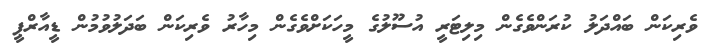
ވެރިކަން ބައްދަލު ކުރަންވެގެން މިލިޓަރީ އުސޫލުގެ މީހަކަށްވެގެން މިހާރު ވެރިކަން ބަދަލުވުމުން ޑީއާރްޕީ